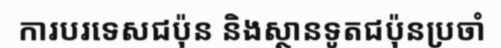
ការបរទេសជប៉ុន និងស្ថានទូតជប៉ុនប្រចាំ